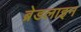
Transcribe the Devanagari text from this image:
ब्रेडलाइन